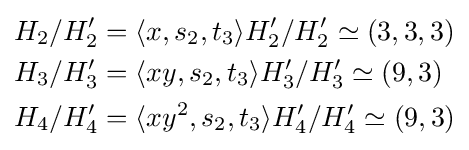
{\begin{aligned}H_{2}/H_{2}'&=\langle x,s_{2},t_{3}\rangle H_{2}'/H_{2}'\simeq (3,3,3)\\H_{3}/H_{3}'&=\langle xy,s_{2},t_{3}\rangle H_{3}'/H_{3}'\simeq (9,3)\\H_{4}/H_{4}'&=\langle xy^{2},s_{2},t_{3}\rangle H_{4}'/H_{4}'\simeq (9,3)\end{aligned}}